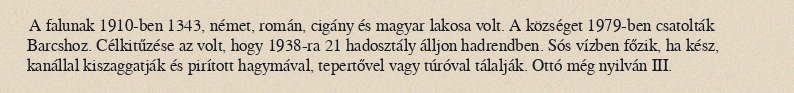
A falunak 1910-ben 1343, német, román, cigány és magyar lakosa volt. A községet 1979-ben csatolták Barcshoz. Célkitűzése az volt, hogy 1938-ra 21 hadosztály álljon hadrendben. Sós vízben főzik, ha kész, kanállal kiszaggatják és pirított hagymával, tepertővel vagy túróval tálalják. Ottó még nyilván III.